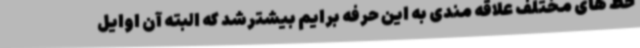
خط های مختلف علاقه مندی به این حرفه برایم بیشترشد که البته آن اوایل